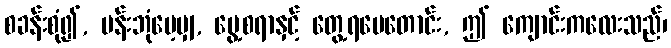
စခန်းစုံ၍, မန်းဘုံမေ့မျှ, မွေ့စရာနှင့် တွေ့ရပေတောင်း, ဤ ကျောင်းကလေးသည်၊